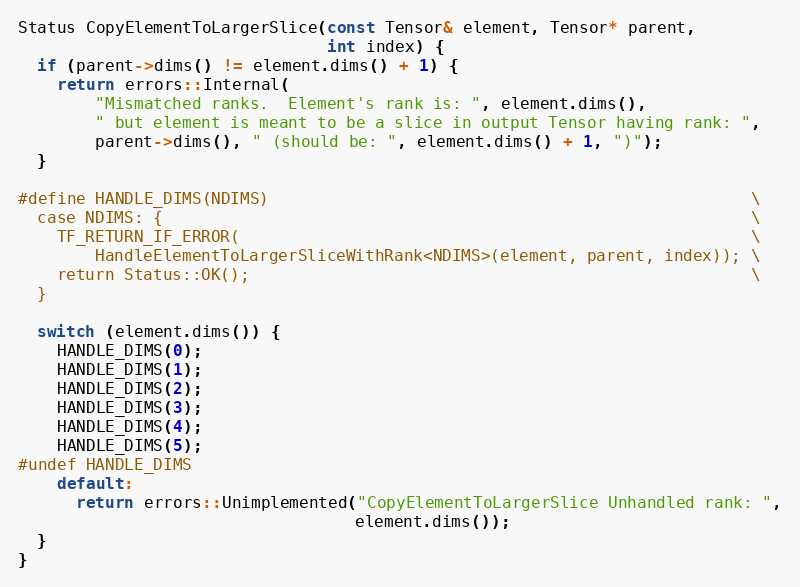
Language: C++
Status CopyElementToLargerSlice(const Tensor& element, Tensor* parent,
                                int index) {
  if (parent->dims() != element.dims() + 1) {
    return errors::Internal(
        "Mismatched ranks.  Element's rank is: ", element.dims(),
        " but element is meant to be a slice in output Tensor having rank: ",
        parent->dims(), " (should be: ", element.dims() + 1, ")");
  }

#define HANDLE_DIMS(NDIMS)                                                  \
  case NDIMS: {                                                             \
    TF_RETURN_IF_ERROR(                                                     \
        HandleElementToLargerSliceWithRank<NDIMS>(element, parent, index)); \
    return Status::OK();                                                    \
  }

  switch (element.dims()) {
    HANDLE_DIMS(0);
    HANDLE_DIMS(1);
    HANDLE_DIMS(2);
    HANDLE_DIMS(3);
    HANDLE_DIMS(4);
    HANDLE_DIMS(5);
#undef HANDLE_DIMS
    default:
      return errors::Unimplemented("CopyElementToLargerSlice Unhandled rank: ",
                                   element.dims());
  }
}